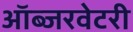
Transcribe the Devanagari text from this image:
ऑब्जरवेटरी